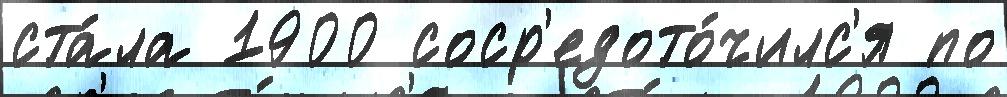
ста́ла 1900 соср'едото́чилс'я по